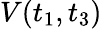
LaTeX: V(t_{1},t_{3})